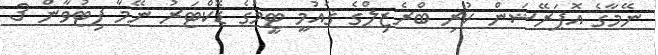
ނޭމާގެ އޮޕަރޭޝަން ކުރި ބްރެޒިލްގެ ޤައުމީ ޓީމުގެ ޑޮކްޓަރު ނޭމާ ފިޓުވާން 3